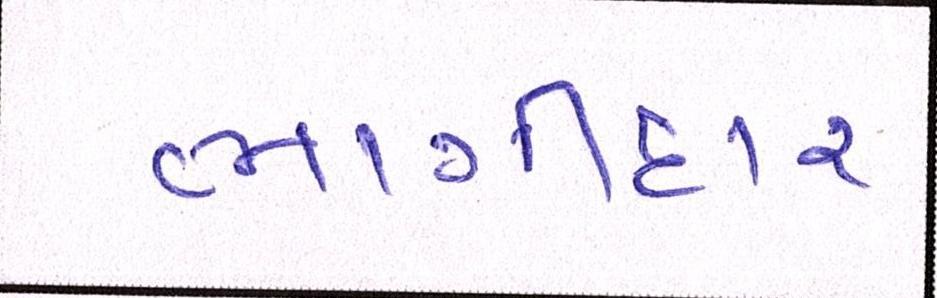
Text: ભાગીદાર